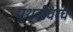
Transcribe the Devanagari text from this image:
पृथ्वीवरच